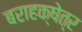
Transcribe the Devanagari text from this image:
बराहक्षेत्र